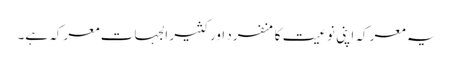
یہ معرکہ اپنی نوعیت کا منفرد اور کثیر الجہات معرکہ ہے۔